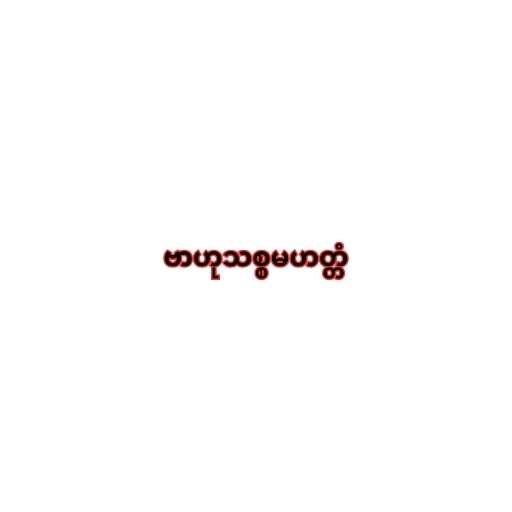
ဗာဟုသစ္စမဟတ္တံ